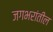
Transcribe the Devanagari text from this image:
जगभरांतील